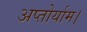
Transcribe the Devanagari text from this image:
अप्तोर्याम।